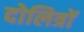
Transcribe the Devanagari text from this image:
दोलित्रों